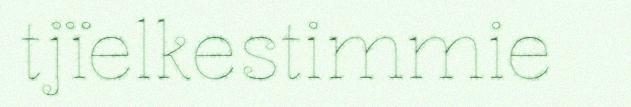
tjïelkestimmie